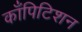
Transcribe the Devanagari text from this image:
काँपिटिशन